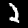
Label: 2